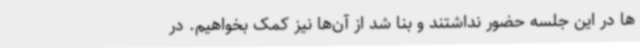
ها در این جلسه حضور نداشتند و بنا شد از آن‌ها نیز کمک بخواهیم. در